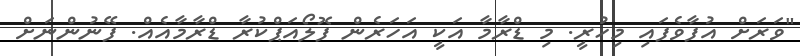
"ވަރަށް އުފާވެފައި މިހުރީ. މި ޑްރާމާ އަކީ އަހަރެން ފޮލޯއަޕްކުރާ ޑްރާމާއެއް. ފޭނުންނަށް